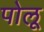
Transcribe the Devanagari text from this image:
पोलू